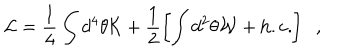
LaTeX: { \cal L } = \frac { 1 } { 4 } \int d ^ { 4 } \theta { \cal K } + \frac { 1 } { 2 } \left[ \int d ^ { 2 } \theta { \cal W } + \mathrm { h . c . } \right] \; \; ,